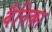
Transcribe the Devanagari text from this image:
वैनिका